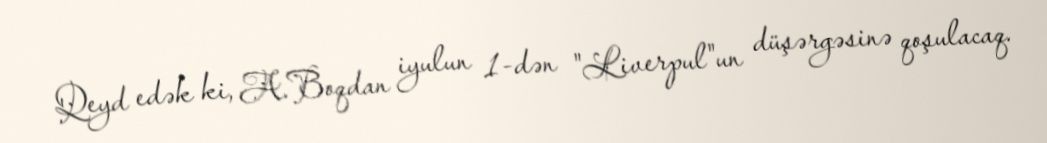
Qeyd edək ki, A.Boqdan iyulun 1-dən "Liverpul"un düşərgəsinə qoşulacaq.